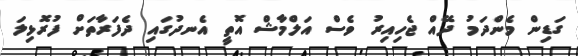
ގަޑިން މެންދަމު ދޭއް ޖެހިއިރު ވެސް އަލްމާޝް އޮތީ އެނދުގައި ދެފަރާތަށް ފުރޮޅިލަ